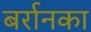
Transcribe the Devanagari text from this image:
बर्रानका